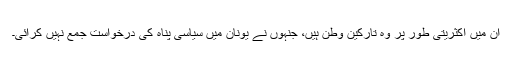
ان ميں اکثريتی طور پر وہ تارکين وطن ہيں، جنہوں نے يونان ميں سياسی پناہ کی درخواست جمع نہيں کرائی۔